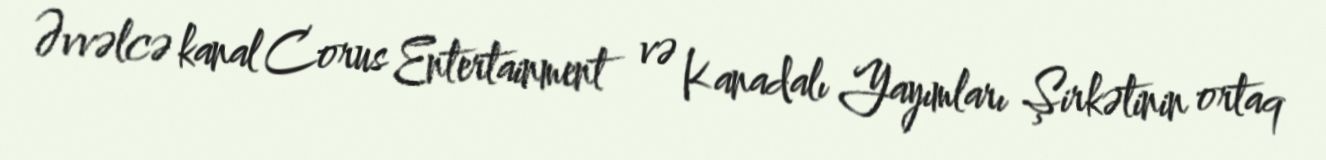
Əvvəlcə kanal Corus Entertainment və Kanadalı Yayımları Şirkətinin ortaq